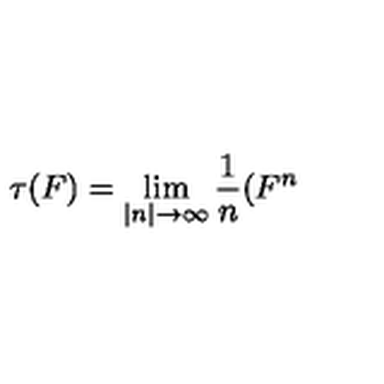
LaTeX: \tau ( F ) = \lim _ { \left| n \right| \rightarrow \infty } \frac { 1 } { n } ( F ^ { n }